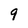
Character: 9